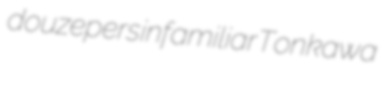
douzepers infamiliar Tonkawa